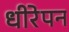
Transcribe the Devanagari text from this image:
धीरेपन